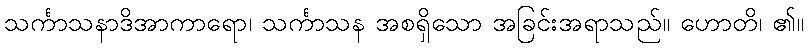
သင်္ကာသနာဒိအာကာရော၊ သင်္ကာသန အစရှိသော အခြင်းအရာသည်။ ဟောတိ၊ ၏။